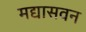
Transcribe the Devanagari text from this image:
मद्यासवन